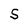
Character: S